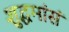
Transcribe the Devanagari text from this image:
शुद्धमांसं